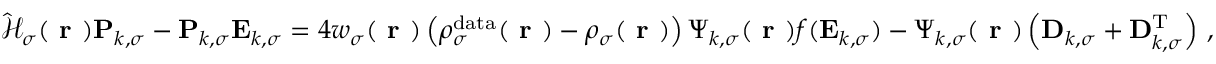
\hat { \mathcal { { H } } } _ { \sigma } ( \boldsymbol { \textbf { r } } ) \mathbf { P } _ { k , \sigma } - \mathbf { P } _ { k , \sigma } \mathbf { E } _ { k , \sigma } = 4 w _ { \sigma } ( \boldsymbol { \textbf { r } } ) \left( \rho _ { \sigma } ^ { \mathrm { d a t a } } ( \boldsymbol { \textbf { r } } ) - \rho _ { \sigma } ( \boldsymbol { \textbf { r } } ) \right) \boldsymbol { \Psi } _ { k , \sigma } ( \boldsymbol { \textbf { r } } ) f ( \mathbf { E } _ { k , \sigma } ) - \boldsymbol { \Psi } _ { k , \sigma } ( \boldsymbol { \textbf { r } } ) \left( \mathbf { D } _ { k , \sigma } + \mathbf { D } _ { k , \sigma } ^ { \mathrm { T } } \right) \, ,